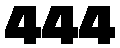
444